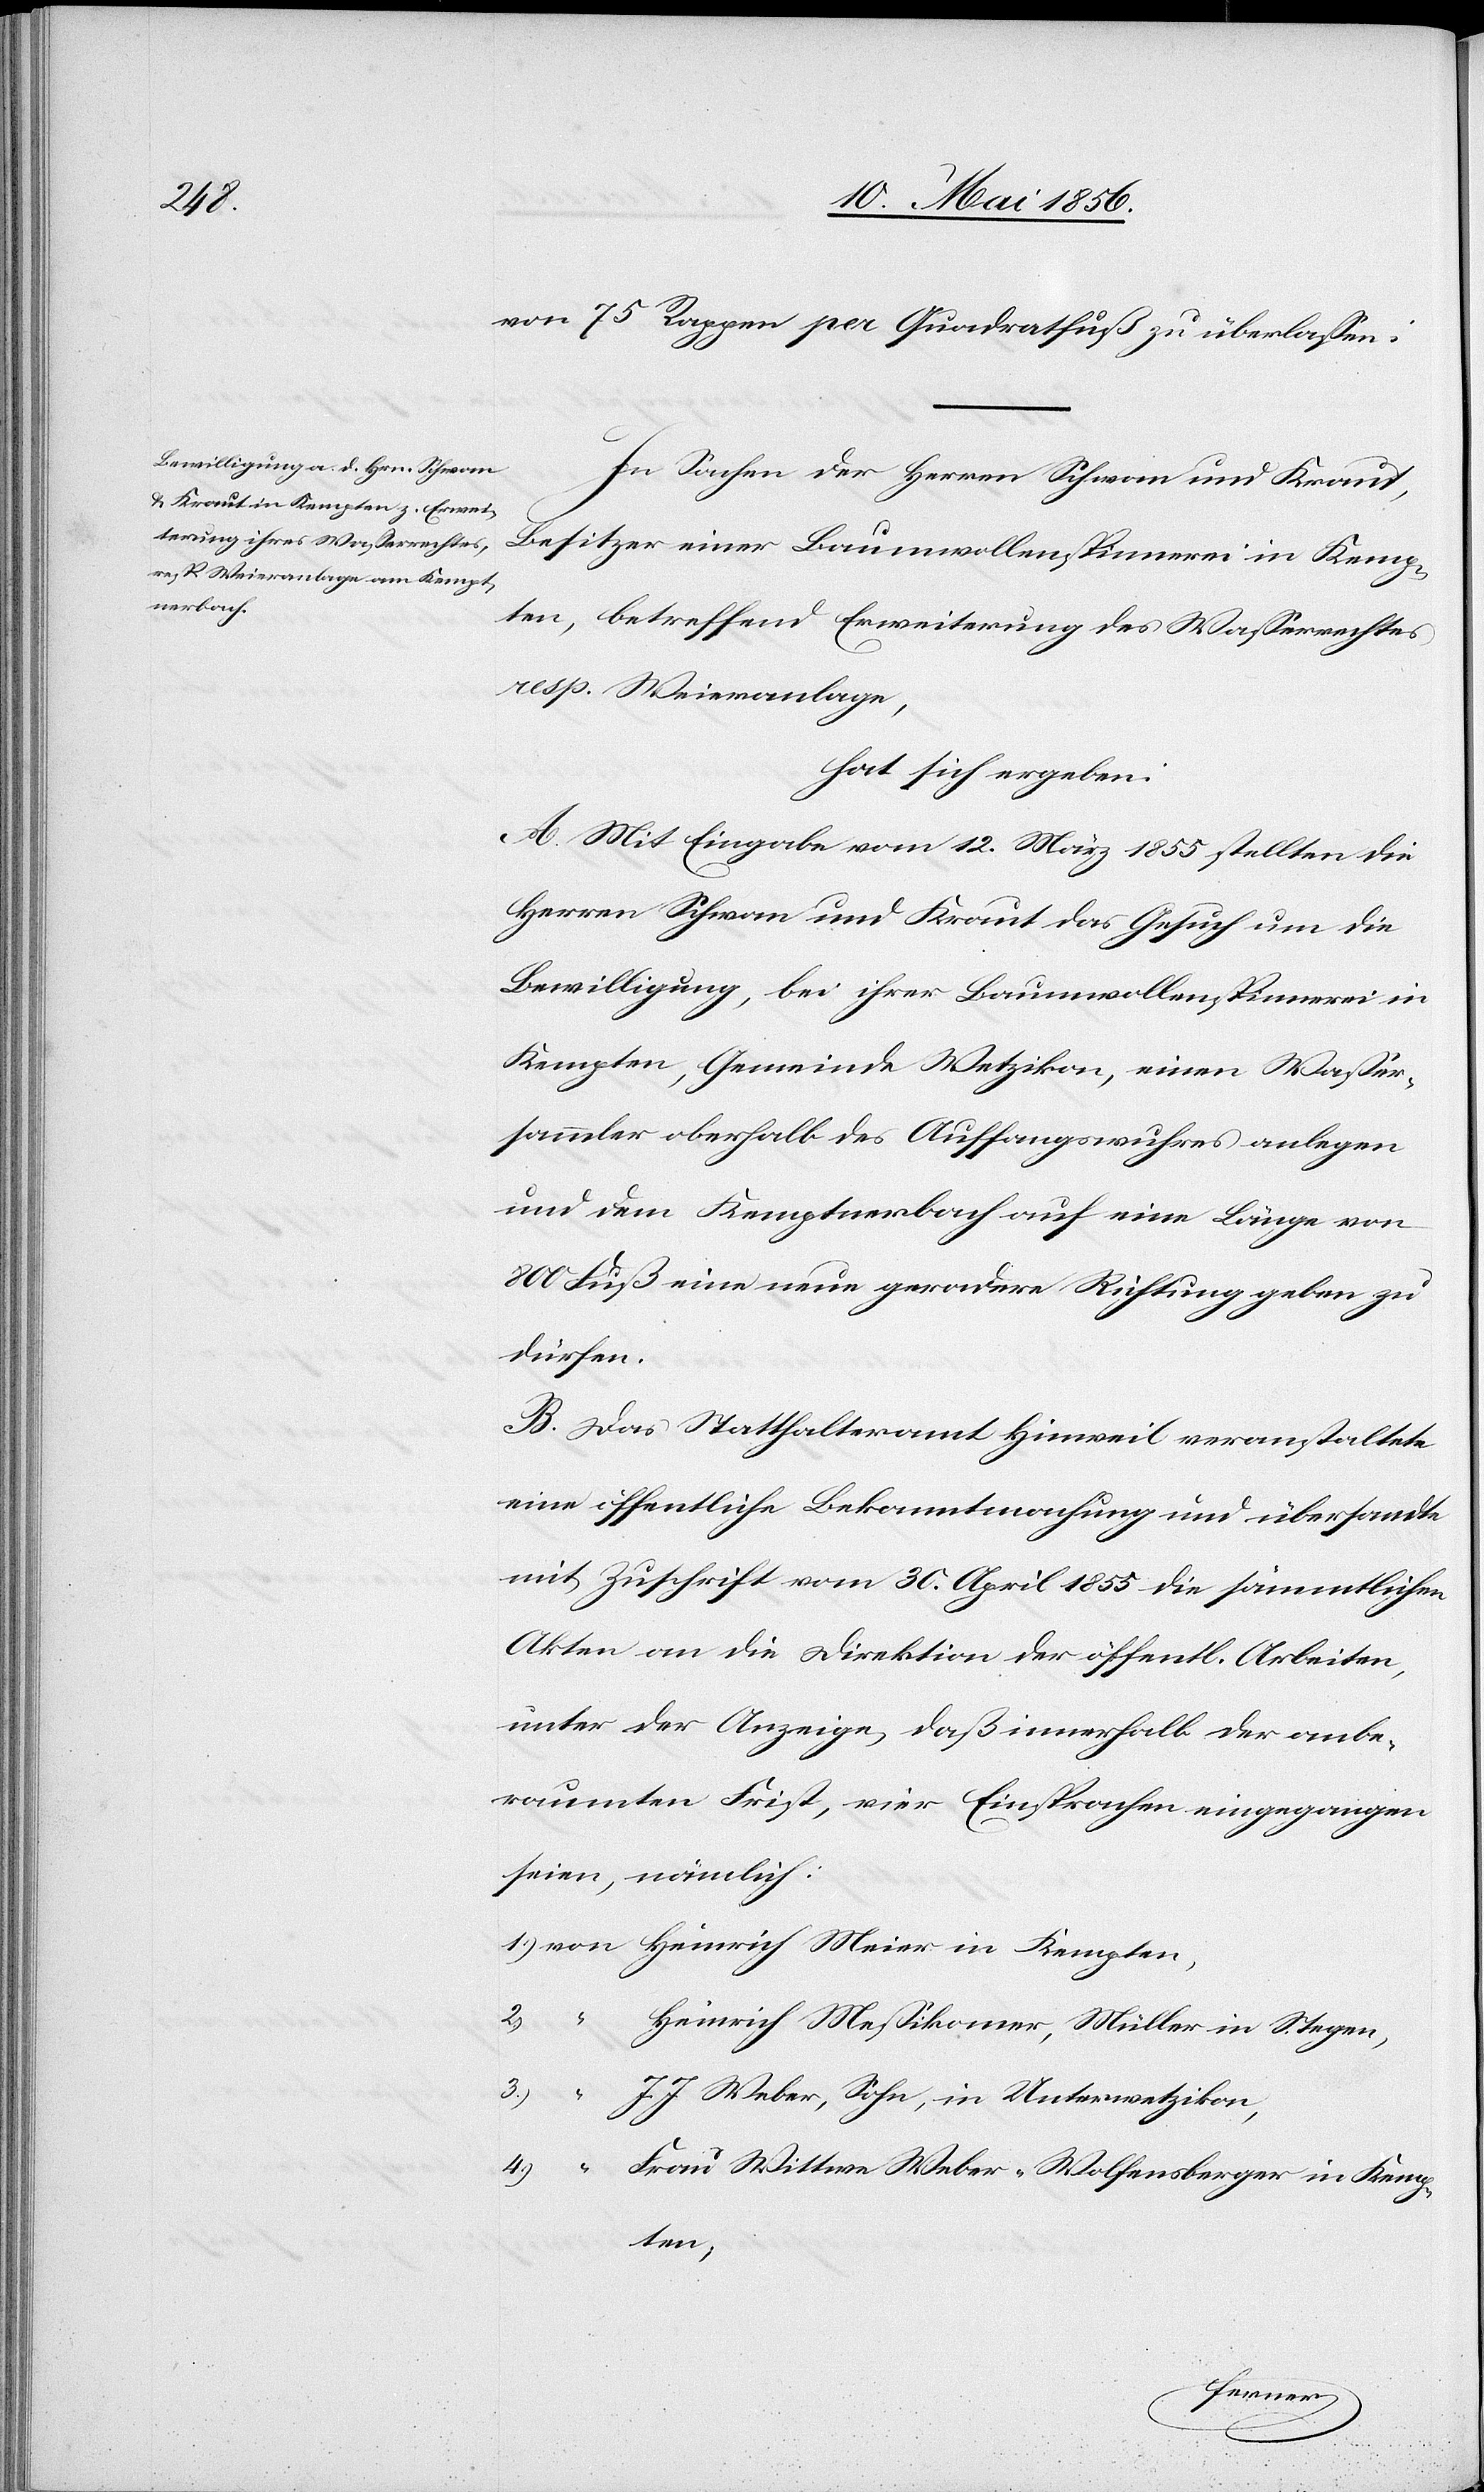
von 75 Rappen per Quadratfuß zu überlassen.
In Sachen der Herren Schwan und Kraut,
Besitzer einer Baumwollenspinnerei in Kemp¬
ten, betreffend Erweiterung des Wasserrechtes
resp. Weieranlage,
hat sich ergeben:
A. Mit Eingabe vom 12. März 1855 stellten die
Herren Schwan und Kraut das Gesuch um die
Bewilligung, bei ihrer Baumwollenspinnerei in
Kempten, Gemeinde Wetzikon, einen Wasser¬
sammler oberhalb des Auffangswuhres anlegen
und dem Kemptnerbach auf eine Länge von
800 Fuß eine neue geradere Richtung geben zu
dürfen.
B. Das Statthalteramt Hinweil veranstaltete
eine öffentliche Bekanntmachung und übersandte
mit Zuschrift vom 30. April 1855 die sämmtlichen
Akten an die Direktion der öffentlichen Arbeiten,
unter der Anzeige, daß innerhalb der anbe¬
raumten Frist, vier Einsprachen eingegangen
seien, nämlich:
1.) von	 Heinrich Meier in Kempten,
“	Heinrich Messikomer, Müller in Stegen,
3.)
J. Weber, Sohn, in Unterwetzikon
4.)	 “	Frau Wittwe Weber-Wolfensberger in Kemp¬
ten;